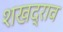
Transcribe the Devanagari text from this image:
शखद्राव